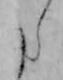
た